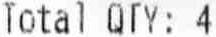
TOTAL QTY: 4